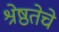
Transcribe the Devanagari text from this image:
श्रेष्ठतेचे